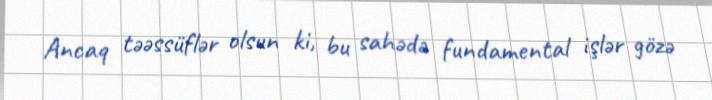
Ancaq təəssüflər olsun ki, bu sahədə fundamental işlər gözə